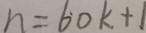
n = 6 0 k + 1